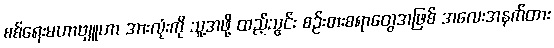
စစ်ရေးမဟာဗျူဟာ အားလုံးကို သူ့အဖို့ ထည့်သွင်း စဉ်းစားစရာတွေအဖြစ် အလေးအနက်ထား